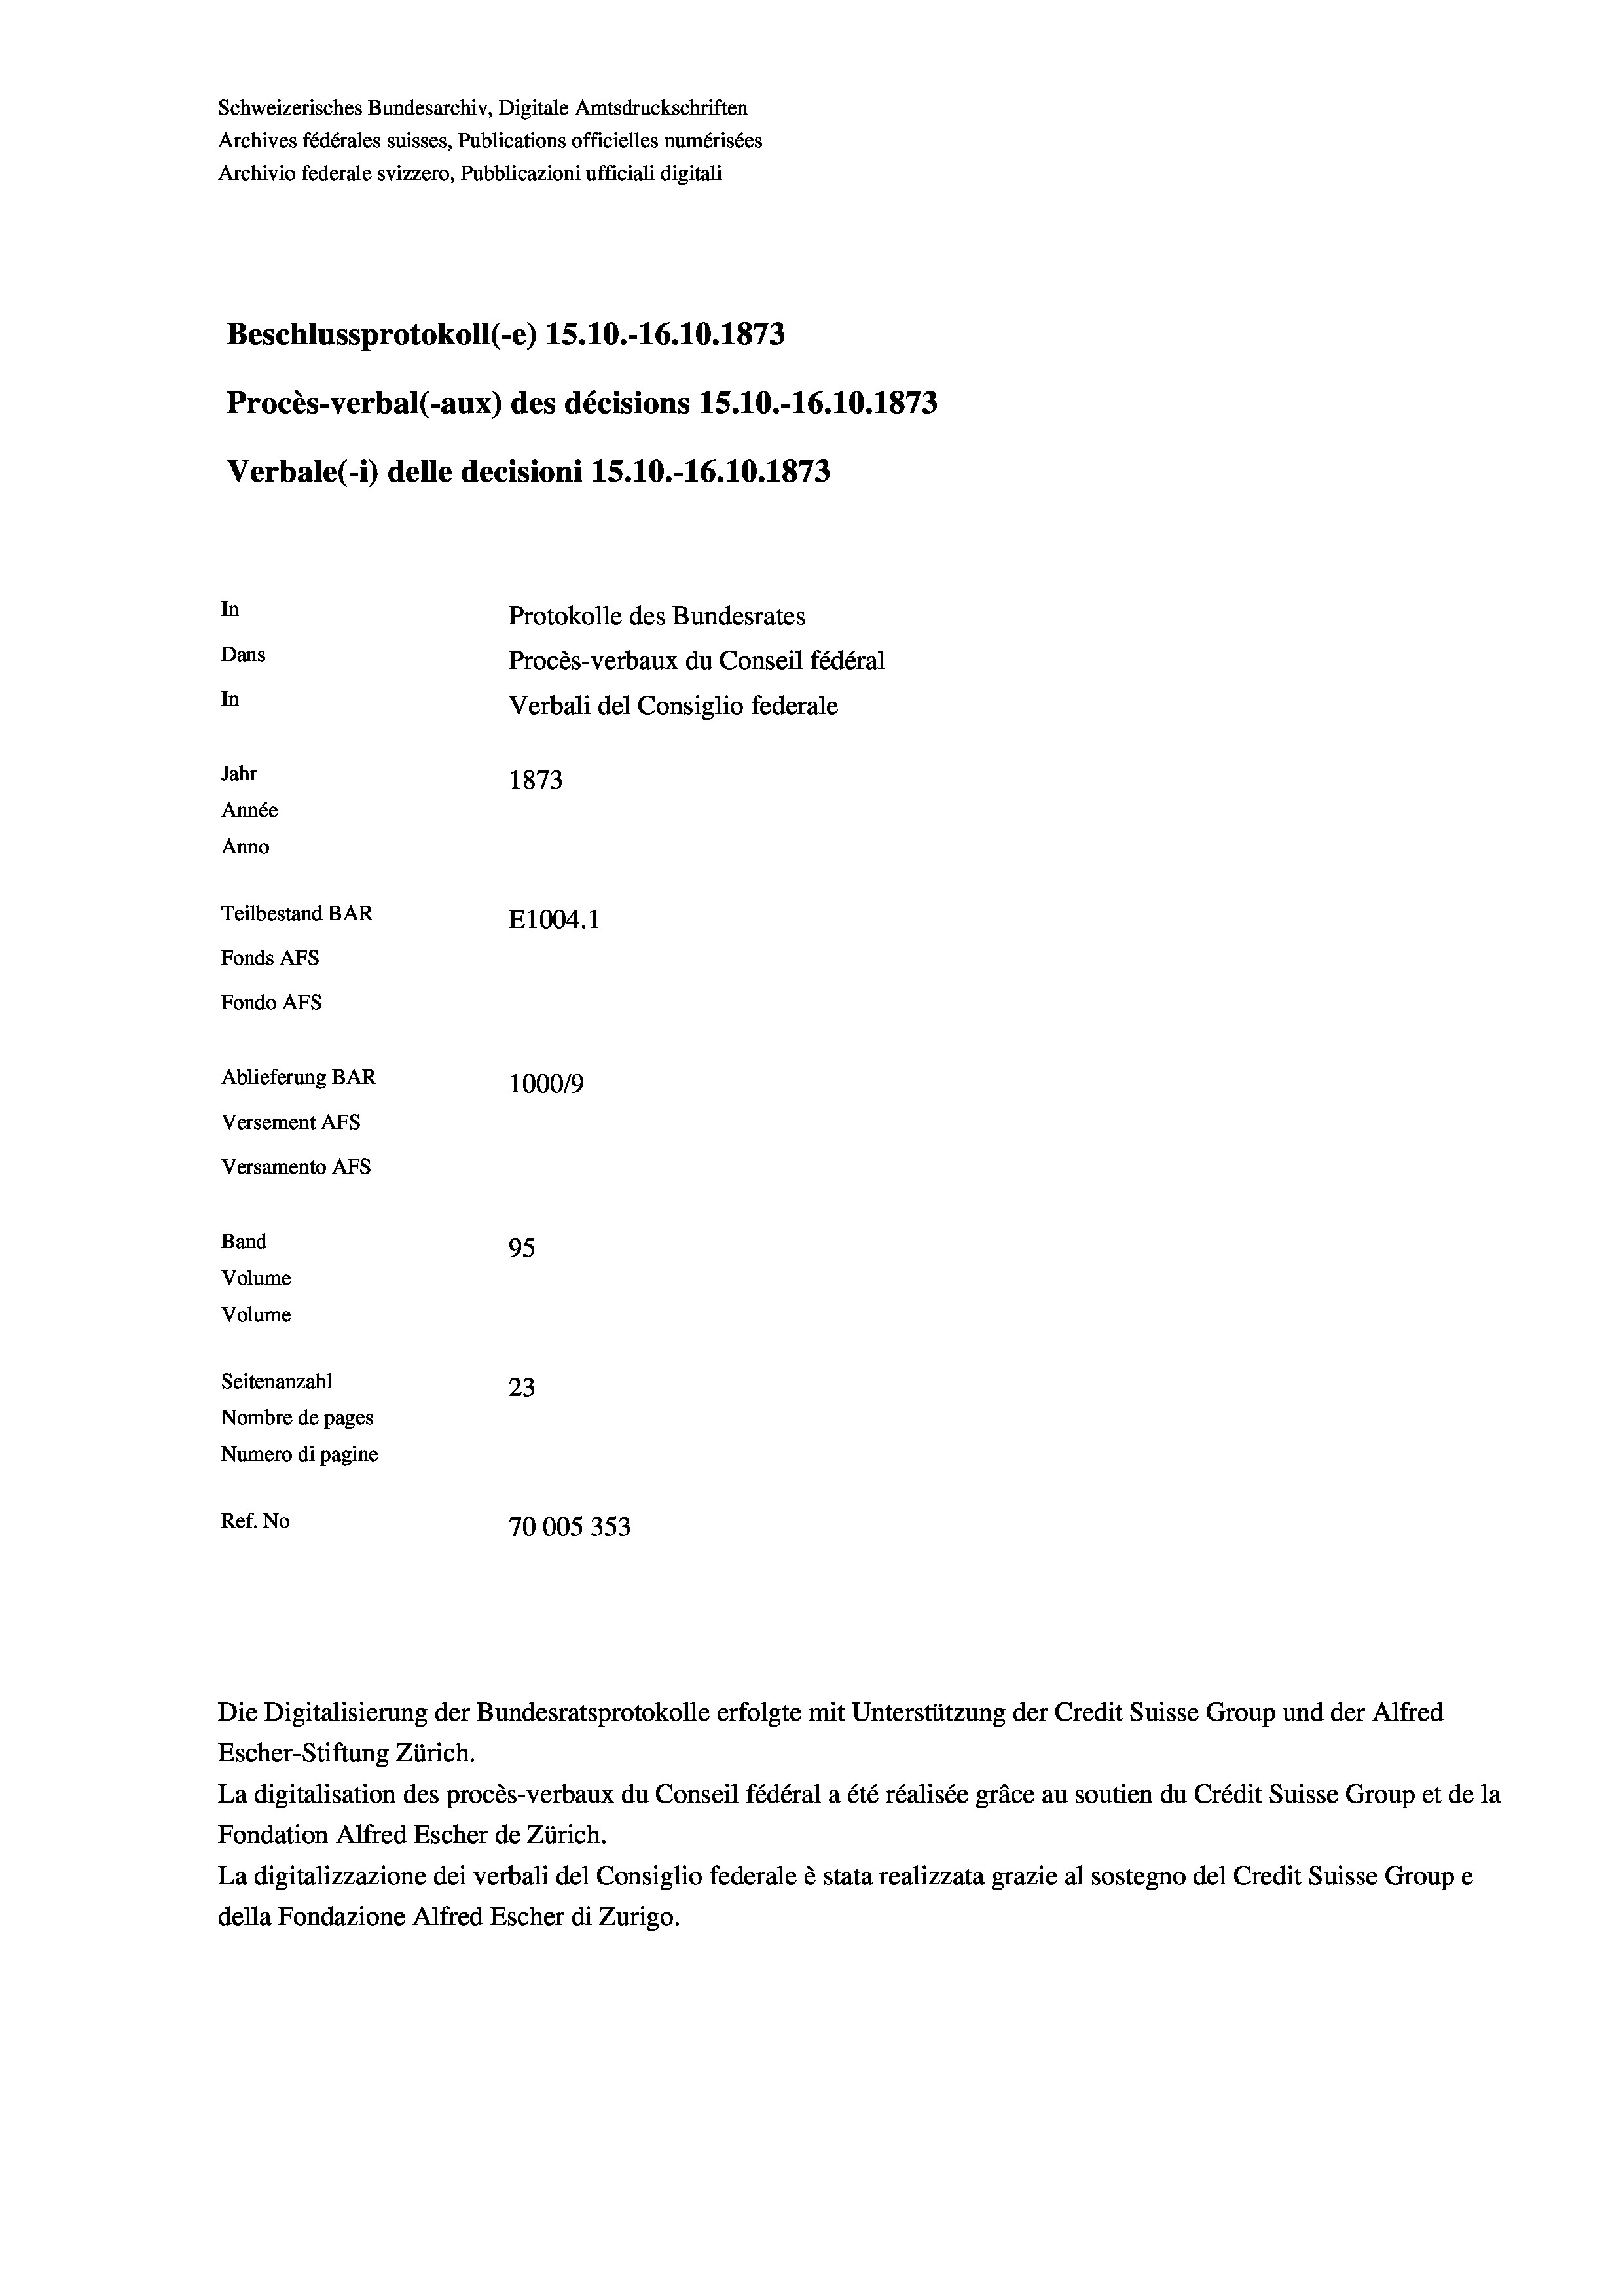
Schweizerisches Bundesarchiv, Digitale Amtsdruckschriften
Archives fédérales suisses, Publications officielles numérisées
Archivio federale svizzero, Pubblicazioni ufficiali digitali
Beschlussprotokoll (-e) 15.10.-16.10.1873
Procès-verbal (-aux) des décisions 15.10.-16.10.1873
Verbale (- 1) delle decisioni 15.10.-16.10.1873
In
Protokolle des Bundesrates
Dans
Procès-verbaux du Conseil fédéral
In
Verbali del Consiglio federale
Jahr
1873
Année
Anno
Teilbestand BAR
E1004. 1
Fonds AFs
Fondo AFs
Ablieferung BAR
100019
Versement AFs
Versamento AFs
Band
95
Volume
Volume
Seitenanzahl
23
Nombre de pages
Numero di pagine
Ref. No
70005353

Die Digitalisierung der Bundesratsprotokolle erfolgte mit Unterstützung der Credit Suisse Group und der Alfred

Escher-Stiftung Zürich.
La digitalisation des procès-verbaux du Conseil fédéral a été réalisée gräce au soutien du Crédit Suisse Group et de la
Fondation Alfred Escher de Zürich.
La digitalizzazione dei verbali del Consiglio federale è stata realizzata grazie al sostegno del Credit Suisse Groupe
della Fondazione Alfred Escher di Zurigo.